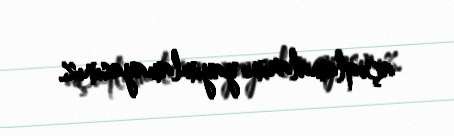
açıqlamalarını yayımlamayasınız.